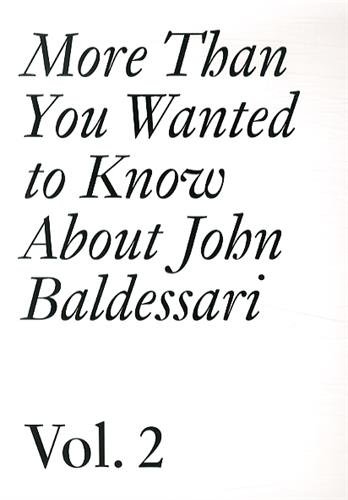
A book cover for More Than You Wanted to Know About John Baldessari: Volume II (Documents); Arts & Photography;